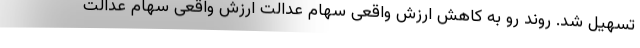
تسهیل شد. روند رو به کاهش ارزش واقعی سهام عدالت ارزش واقعی سهام عدالت